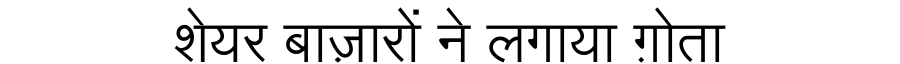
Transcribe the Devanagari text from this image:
शेयर बाज़ारों ने लगाया ग़ोता